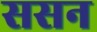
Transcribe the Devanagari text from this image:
ससन